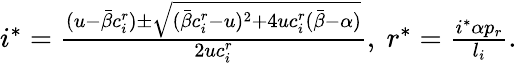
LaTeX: \begin{array}{r}{i^{*}=\frac{(u-\bar{\beta}c_{i}^{r})\pm\sqrt{(\bar{\beta}c_{i}^{r}-u)^{2}+4uc_{i}^{r}(\bar{\beta}-\alpha)}}{2uc_{i}^{r}},\ r^{*}=\frac{i^{*}\alpha p_{r}}{l_{i}}.}\end{array}